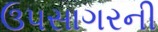
ઉપસાગરની